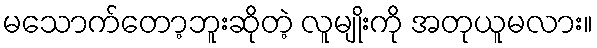
မသောက်တော့ဘူးဆိုတဲ့ လူမျိုးကို အတုယူမလား။